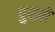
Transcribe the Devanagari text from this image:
पुरज़ों